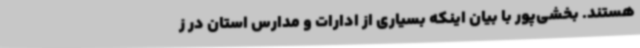
هستند. بخشی‌پور با بیان اینکه بسیاری از ادارات و مدارس استان در ز